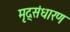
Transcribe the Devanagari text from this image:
मृद्‌संधारण